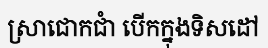
ស្រាជោកជាំ បើកក្នុងទិសដៅ